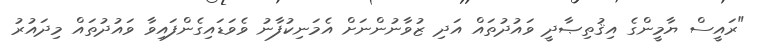
"ރައީސް ޔާމީންގެ އިޤުތިޞާދީ ވައުދުތައް އަދި ޒުވާނުންނަށް އެމަނިކުފާނު ވެވަޑައިގެންފައިވާ ވައުދުތައް މިދައުރު